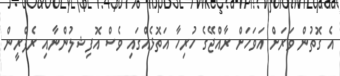
އެ ގޮތުން ވަރަށް އަވަހަށް ރާއްޖޭގެ ހުރިހާ އަތޮޅެއްގައި ވެސް އޮފިޝލުންނާއި ރެފްރީން